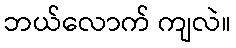
ဘယ်လောက် ကျလဲ။